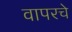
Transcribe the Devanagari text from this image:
वापरचे